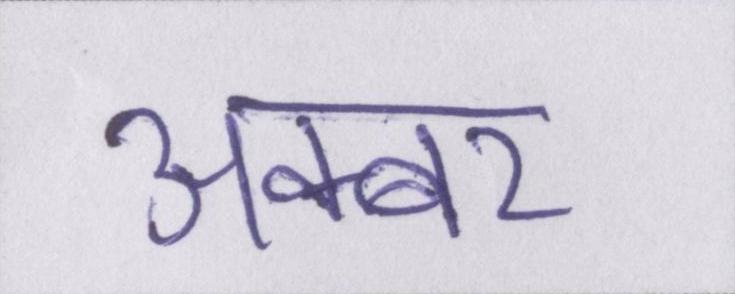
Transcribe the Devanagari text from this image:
अक्बर